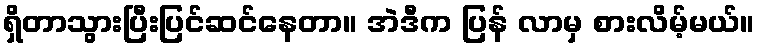
ရှိတာသွားပြီးပြင်ဆင်နေတာ။ အဲဒီက ပြန် လာမှ စားလိမ့်မယ်။